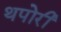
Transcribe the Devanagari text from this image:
थपोरी